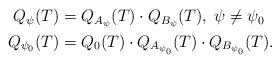
LaTeX: \begin{align*}\begin{aligned} Q_{\psi} (T) &= Q_{A_{\psi}}(T) \cdot Q_{B_{\psi}}(T), \; \psi \neq \psi_0\\ Q_{\psi_0} (T) &= Q_0(T) \cdot Q_{A_{\psi_0}}(T) \cdot Q_{B_{\psi_0}}(T).\end{aligned}\end{align*}